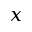
x